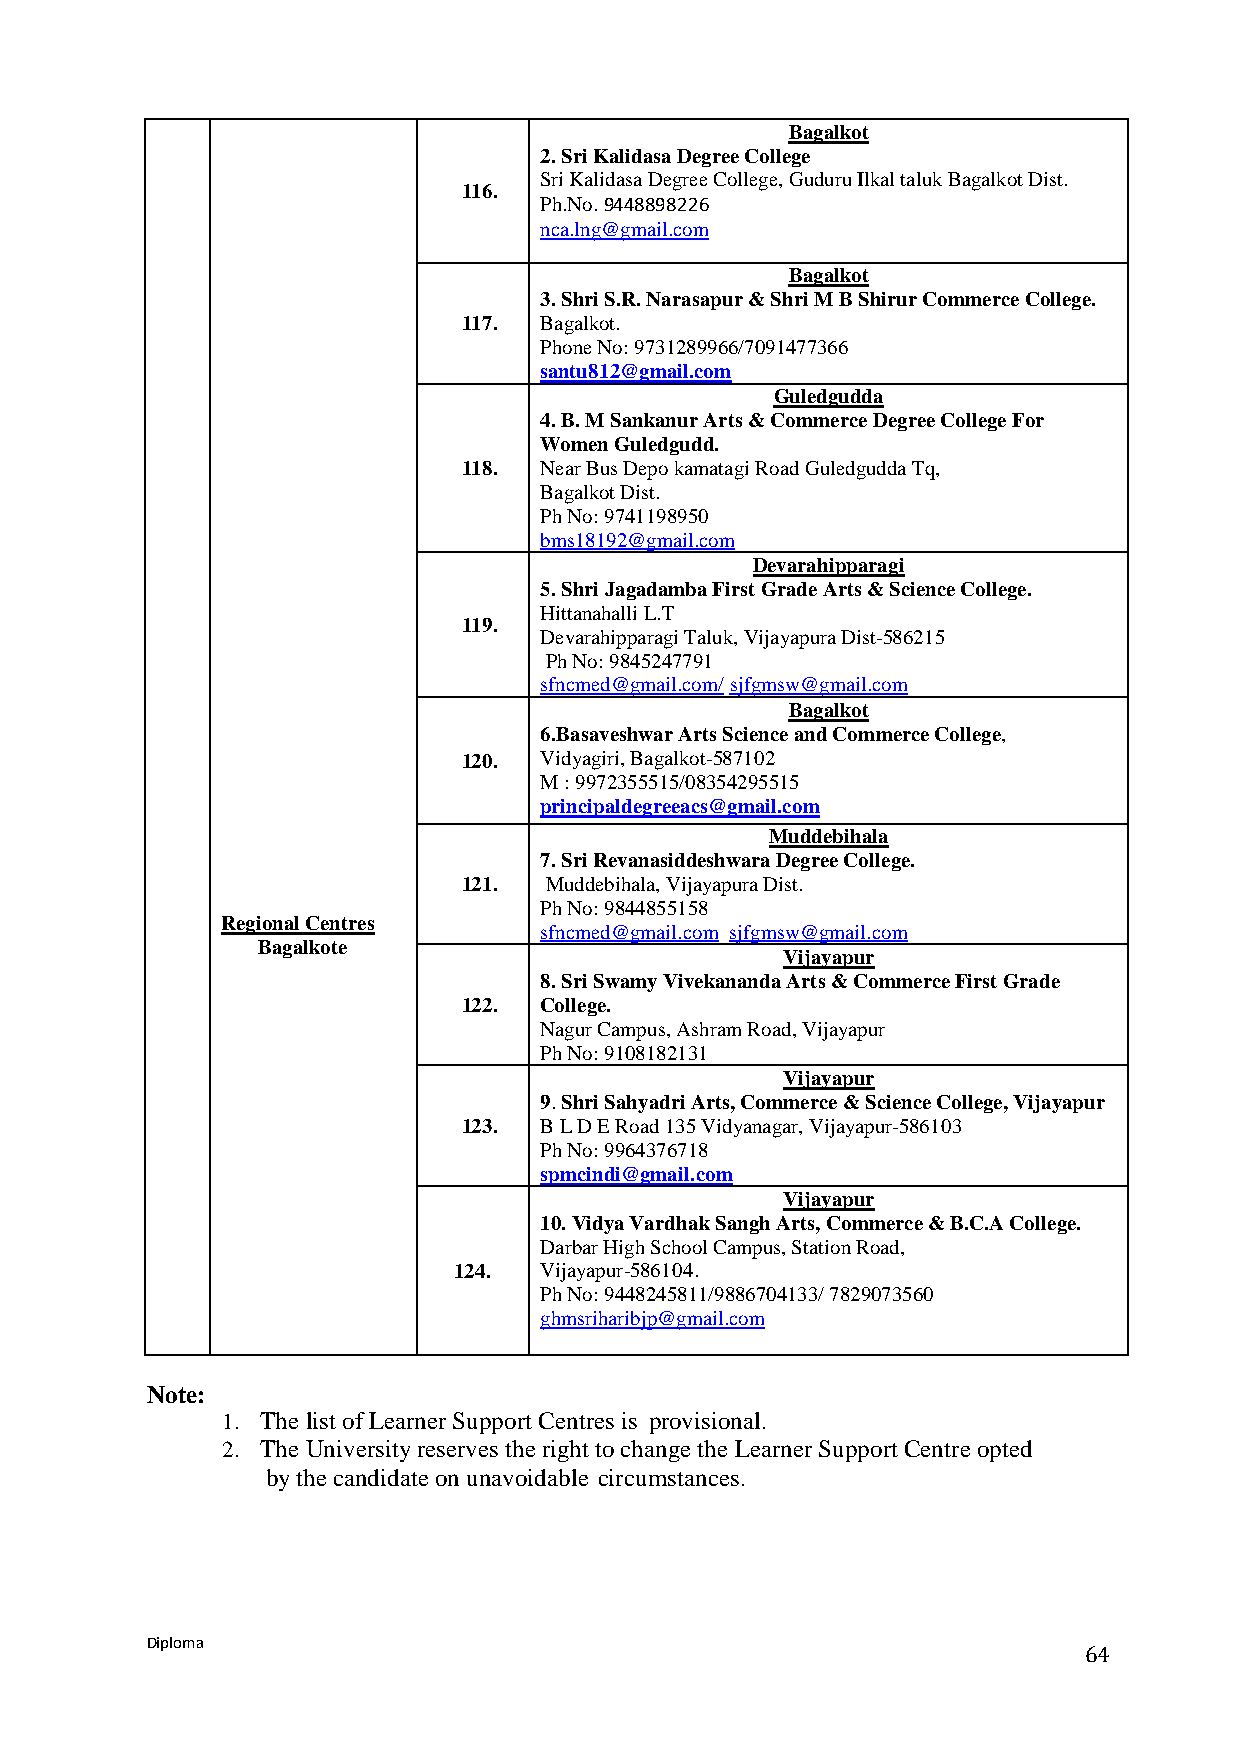
Bagalkot
 2. Sri Kalidasa Degree College
 Sri Kalidasa Degree College, Guduru Ilkal taluk Bagalkot Dist.
 116.
 Ph.No. 9448898226
 nca.lng@gmail.com
 Bagalkot
 3. Shri S.R. Narasapur & Shri M B Shirur Commerce College.
 117. Bagalkot.
 Phone No: 9731289966/7091477366
 santu812@gmail.com
 Guledgudda
 4. B. M Sankanur Arts & Commerce Degree College For
 Women Guledgudd.
 118. Near Bus Depo kamatagi Road Guledgudda Tq,
 Bagalkot Dist.
 Ph No: 9741198950
 bms18192@gmail.com
 Devarahipparagi
 5. Shri Jagadamba First Grade Arts & Science College.
 Hittanahalli L.T
 119.
 Devarahipparagi Taluk, Vijayapura Dist-586215
 Ph No: 9845247791
 sfncmed@gmail.com/ sjfgmsw@gmail.com
 Bagalkot
 6.Basaveshwar Arts Science and Commerce College,
 120. Vidyagiri, Bagalkot-587102
 M : 9972355515/08354295515
 principaldegreeacs@gmail.com
 Muddebihala
 7. Sri Revanasiddeshwara Degree College.
 121. Muddebihala, Vijayapura Dist.
 Ph No: 9844855158
 Regional Centres
 sfncmed@gmail.com sjfgmsw@gmail.com
 Bagalkote
 Vijayapur
 8. Sri Swamy Vivekananda Arts & Commerce First Grade
 122. College.
 Nagur Campus, Ashram Road, Vijayapur
 Ph No: 9108182131
 Vijayapur
 9. Shri Sahyadri Arts, Commerce & Science College, Vijayapur
 123. B L D E Road 135 Vidyanagar, Vijayapur-586103
 Ph No: 9964376718
 spmcindi@gmail.com
 Vijayapur
 10. Vidya Vardhak Sangh Arts, Commerce & B.C.A College.
 Darbar High School Campus, Station Road,
 124.  Vijayapur-586104.
 Ph No: 9448245811/9886704133/ 7829073560
 ghmsriharibjp@gmail.com
 Note:
 1. The list of Learner Support Centres is provisional.
 2. The University reserves the right to change the Learner Support Centre opted
 by the candidate on unavoidable circumstances.
 Diploma
 64